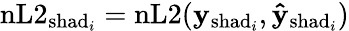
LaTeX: \mathrm{nL2}_{\mathrm{shad}_{i}}=\mathrm{nL2}(\mathbf{y}_{\mathrm{shad}_{i}},\mathbf{\hat{y}}_{\mathrm{shad}_{i}})